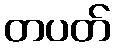
တပတ်